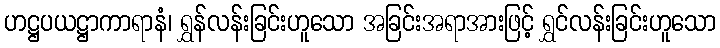
ဟဋ္ဌပယဋ္ဌာကာရာနံ၊ ရွှန်လန်းခြင်းဟူသော အခြင်းအရာအားဖြင့် ရွှင်လန်းခြင်းဟူသော